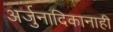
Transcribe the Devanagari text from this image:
अर्जुनादिकानाही